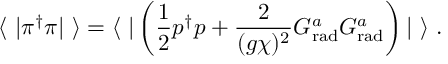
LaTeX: \langle \ | \pi ^ { \dagger } \pi | \ \rangle = \langle \ | \left( \frac { 1 } { 2 } p ^ { \dagger } p + \frac { 2 } { ( g \chi ) ^ { 2 } } G _ { \mathrm { r a d } } ^ { a } G _ { \mathrm { r a d } } ^ { a } \right) | \ \rangle \ .